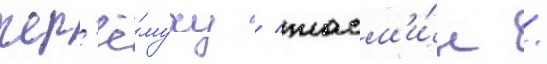
чер'ё́муху / жасм'и́н /